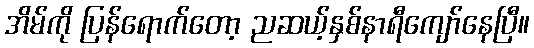
အိမ်ကို ပြန်ရောက်တော့ ညဆယ့်နှစ်နာရီကျော်နေပြီ။